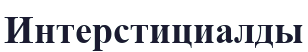
Интерстициалды